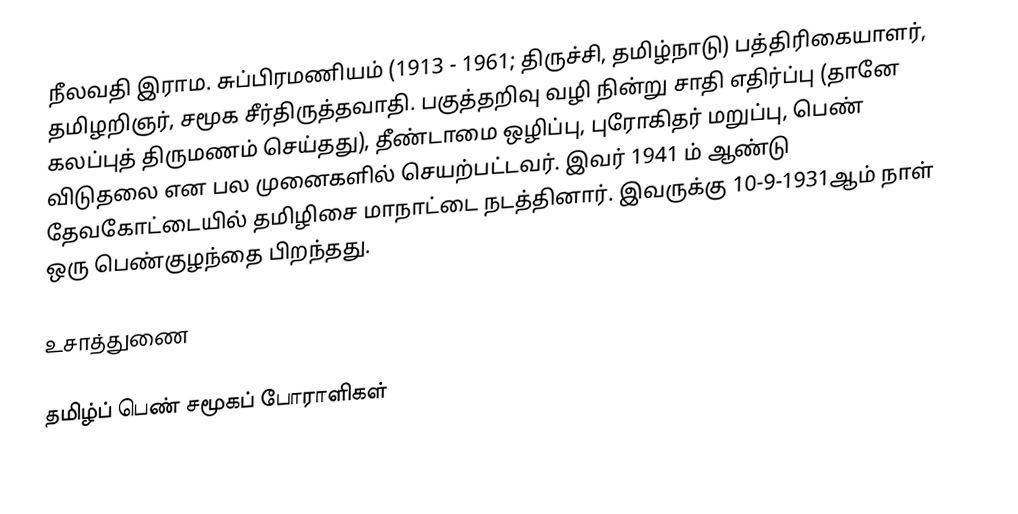
நீலவதி இராம. சுப்பிரமணியம் (1913 - 1961; திருச்சி, தமிழ்நாடு) பத்திரிகையாளர், தமிழறிஞர், சமூக சீர்திருத்தவாதி.  பகுத்தறிவு வழி நின்று சாதி எதிர்ப்பு (தானே கலப்புத் திருமணம் செய்தது), தீண்டாமை ஒழிப்பு, புரோகிதர் மறுப்பு, பெண் விடுதலை என பல முனைகளில் செயற்பட்டவர்.  இவர் 1941 ம் ஆண்டு தேவகோட்டையில் தமிழிசை மாநாட்டை நடத்தினார்.  இவருக்கு 10-9-1931ஆம் நாள் ஒரு பெண்குழந்தை பிறந்தது.

உசாத்துணை

தமிழ்ப் பெண் சமூகப் போராளிகள்